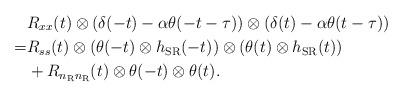
LaTeX: \begin{align*}&R_{xx}(t) \otimes (\delta(-t) - \alpha \theta(-t-\tau))\otimes (\delta(t) - \alpha \theta(t-\tau)) \\=& R_{ss}(t) \otimes (\theta(-t)\otimes h_{\rm SR}(-t)) \otimes (\theta(t)\otimes h_{\rm SR}(t)) \\&+R_{n_{\rm R}n_{\rm R}}(t)\otimes\theta(-t)\otimes \theta(t).\end{align*}